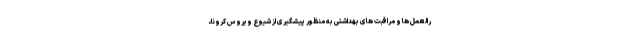
رالعمل ها و مراقبت های بهداشتی به منظور پیشگیری از شیوع ویروس کرونا،